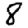
Digit: 8